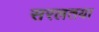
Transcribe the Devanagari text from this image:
सरलतया